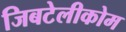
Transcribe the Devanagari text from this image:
जिबटेलीकोम